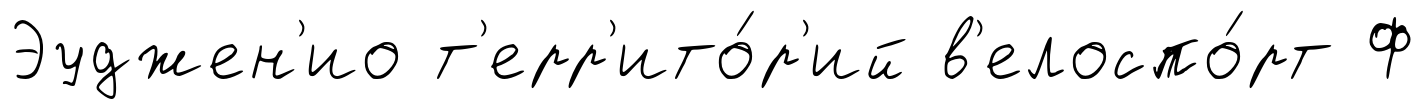
Эуджен'ио т'ерр'ито́р'ий в'елоспо́рт Ф